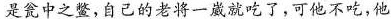
是瓮中之鳖，自己的老将一崴就吃了，可他不吃，他